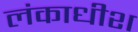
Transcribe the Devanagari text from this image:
लंकाधीश